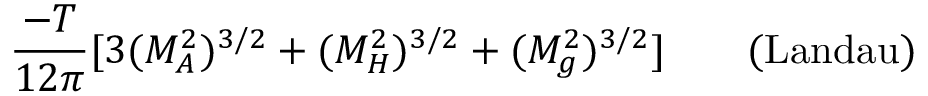
{ \frac { - T } { 1 2 \pi } } [ 3 ( M _ { A } ^ { 2 } ) ^ { 3 / 2 } + ( M _ { H } ^ { 2 } ) ^ { 3 / 2 } + ( M _ { g } ^ { 2 } ) ^ { 3 / 2 } ] \qquad \mathrm { ( L a n d a u ) }